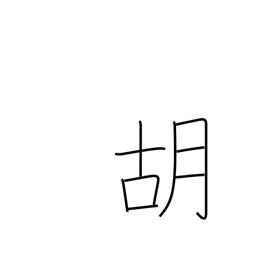
Meaning: foreign